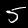
Digit: 5